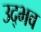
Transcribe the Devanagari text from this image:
उद्‌भव